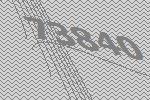
73840